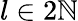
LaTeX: l\in 2\mathbb{N}